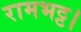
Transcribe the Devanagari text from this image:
रामभट्ट।